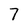
Character: 7